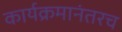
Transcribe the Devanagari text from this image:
कार्यक्रमानंतरच